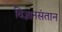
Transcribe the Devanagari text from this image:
विज्ञानसंतान